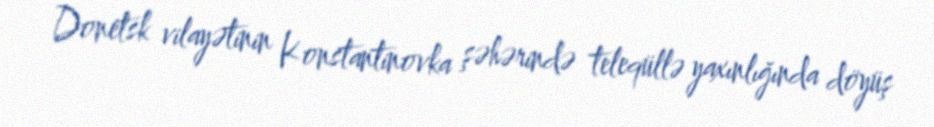
Donetsk vilayətinin Konstantinovka şəhərində teleqüllə yaxınlığında döyüş